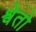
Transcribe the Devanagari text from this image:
श्वेतो